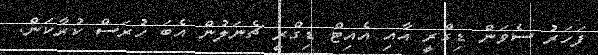
ފަހަރު ސެވަން ޑިގްރީ އާއި އެއިޓް ޑިގްރީ ޗެނަލުން އެބަ ހުރަސް ކުރާކަން.